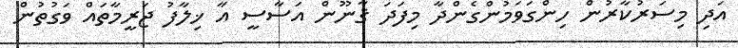
އަދި މިސަރުކާރުން ހިންގަވަމުންގެންދާ މިފަދަ ޤާނޫން އަސާސީ އާ ޚިލާފު ޖަރީމާތައް ވަގުތުން